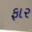
ફાર